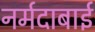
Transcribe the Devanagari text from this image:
नर्मदाबाई